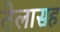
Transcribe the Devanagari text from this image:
तेलासह